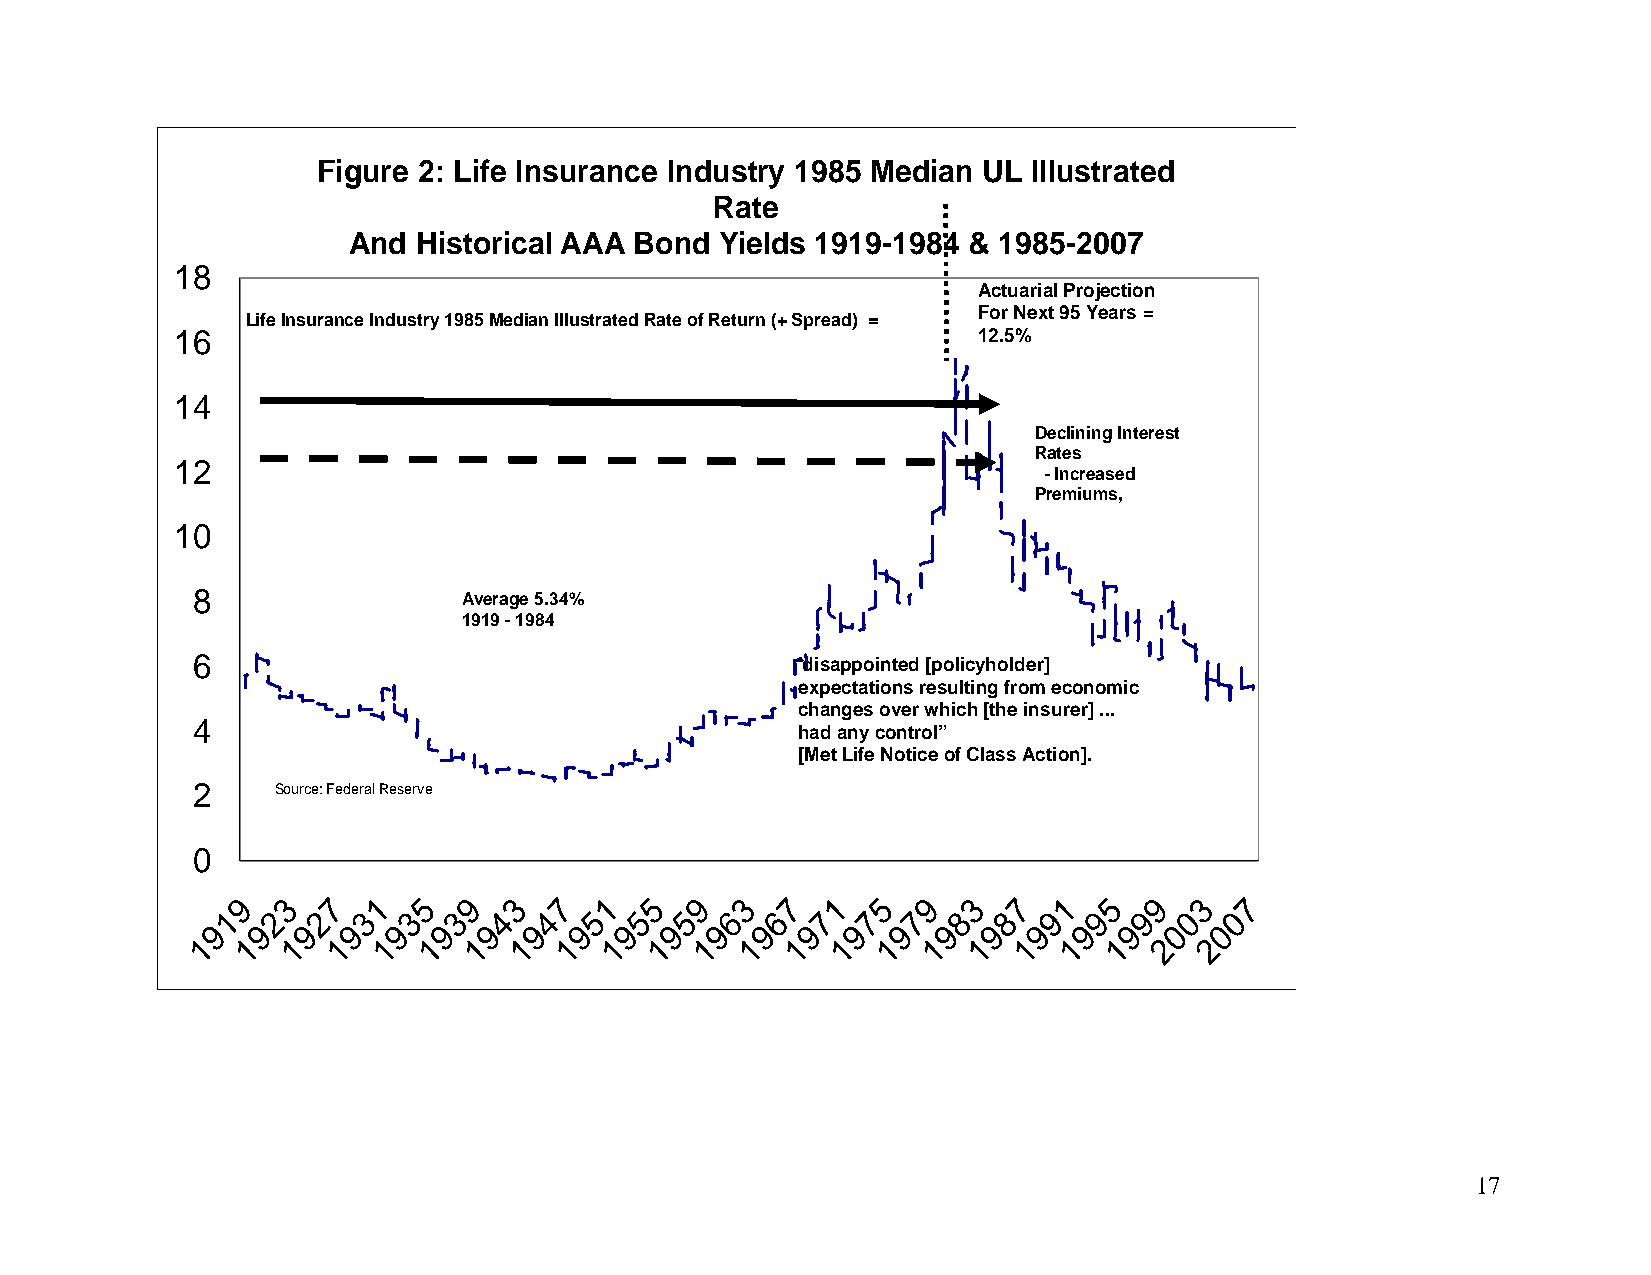
Figure 2: Life Insurance Industry 1985 Median UL Illustrated
 Rate
 And  Historical AAA Bond Yields 1919-1984 & 1985-2007
 18
 Actuarial Projection
 For Next 95 Years =
 Life Insurance Industry 1985 Median Illustrated Rate of Return (+ Spread) =
 16                                                   12.5%
 14
 Declining Interest
 Rates
 12
 -Increased
 Premiums,
 10
 8                 Average 5.34%
 1919 -1984
 6                                       'disappointed [policyholder]
 expectations resulting from economic
 changes over which [the insurer] ...
 4
 had any control”
 [Met Life Notice of Class Action].
 2    Source: Federal Reserve
 0
 17